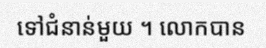
ទៅជំនាន់មួយ ។ លោកបាន